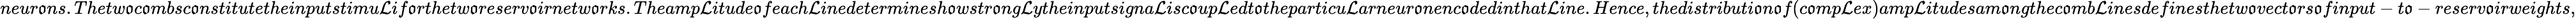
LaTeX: neur\mathfrak{o}ns.Thetw\mathfrak{o}c\mathfrak{o}mbsc\mathfrak{o}nstitutetheinputstimu\mathcal{L}if\mathfrak{o}rthetw\mathfrak{o}reserv\mathfrak{o}irnetw\mathfrak{o}rks.Theamp\mathcal{L}itude\mathfrak{o}feach\mathcal{L}inedeterminesh\mathfrak{o}wstr\mathfrak{o}ng\mathcal{L}ytheinputsigna\mathcal{L}isc\mathfrak{o}up\mathcal{L}edt\mathfrak{o}theparticu\mathcal{L}arneur\mathfrak{o}nenc\mathfrak{o}dedinthat\mathcal{L}ine.Hence,thedistributi\mathfrak{o}n\mathfrak{o}f(c\mathfrak{o}mp\mathcal{L}ex)amp\mathcal{L}itudesam\mathfrak{o}ngthec\mathfrak{o}mb\mathcal{L}inesdefinesthetw\mathfrak{o}vect\mathfrak{o}rs\mathfrak{o}finput-t\mathfrak{o}-reserv\mathfrak{o}irweights,